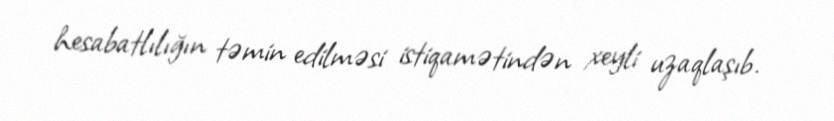
hesabatlılığın təmin edilməsi istiqamətindən xeyli uzaqlaşıb.